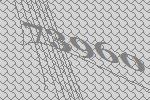
73960